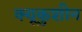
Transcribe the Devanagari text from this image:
क्यूकुशीन